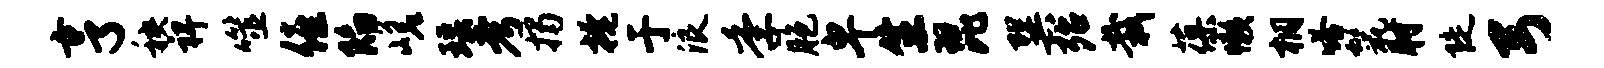
亨秧裨噬僖陷嵯瑶考揭掩于浪季胞卑生琵巽殆栽葆懒桐嗒鬣肘陡弓